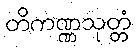
တိကဏ္ဏသုတ္တံ